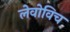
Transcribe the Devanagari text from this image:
लेवोविच